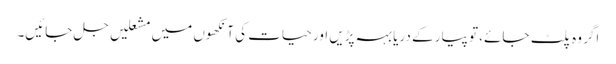
اگر وہ پلٹ جائے، تو پیار کے دریا بہہ پڑیں اور حیات کی آنکھوں میں مشعلیں جل جائیں۔